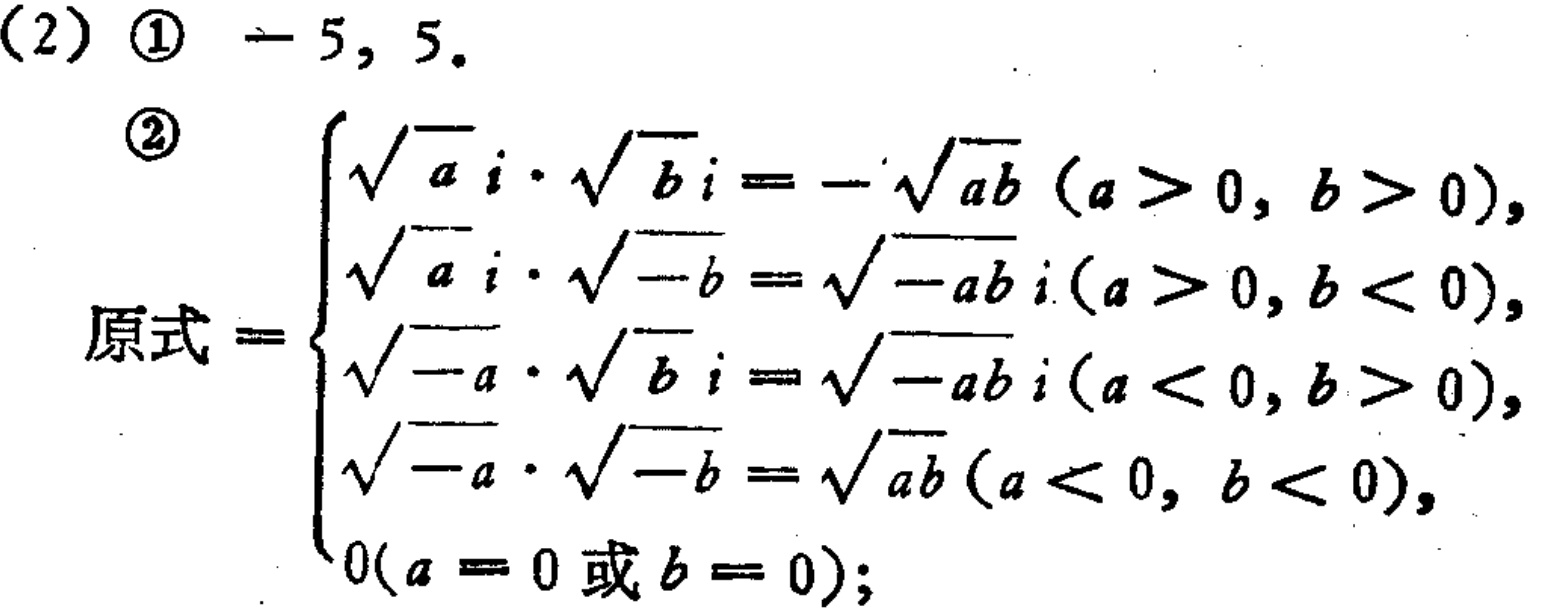
(2) \textcircled{1} $-5,5$.

\textcircled{2}

\[

\text{原式}=

\begin{cases}

\sqrt{a}i\cdot\sqrt{b}i = -\sqrt{ab} & (a > 0, b > 0),\\

\sqrt{a}i\cdot\sqrt{-b}=\sqrt{-ab}i & (a > 0, b < 0),\\

\sqrt{-a}\cdot\sqrt{b}i=\sqrt{-ab}i & (a < 0, b > 0),\\

\sqrt{-a}\cdot\sqrt{-b}=\sqrt{ab} & (a < 0, b < 0),\\

0 & (a = 0 \text{ 或 } b = 0);

\end{cases}

\]